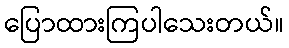
ပြောထားကြပါသေးတယ်။